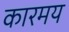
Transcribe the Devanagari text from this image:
कारमय